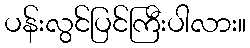
ပန်းလွင်ပြင်ကြီးပါလား။